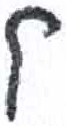
אות: ק